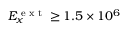
E _ { x } ^ { \textrm { e x t } } \geq 1 . 5 \times 1 0 ^ { 6 }